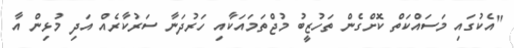
"އެކުގައި މަސައްކަތް ކޮށްގެން ތަހުޒީބު މުޖްތަމައަކާއި ހަރުދަނާ ސަރުކާރެއް އަދި މުޅިން އާ